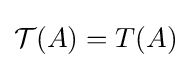
{\mathcal {T}}(A)=T(A)